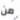
من